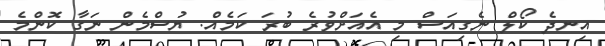
އިނދެ ކޯލް ނެގިއަސް މި އެއަށްވުރެ ބުރަ ކަމެއް. ޔުސްމެން ނަގާ ކޮންމެ